Preliminary report on the development of the Leishman-Donovan body in the bed bug - Number 27
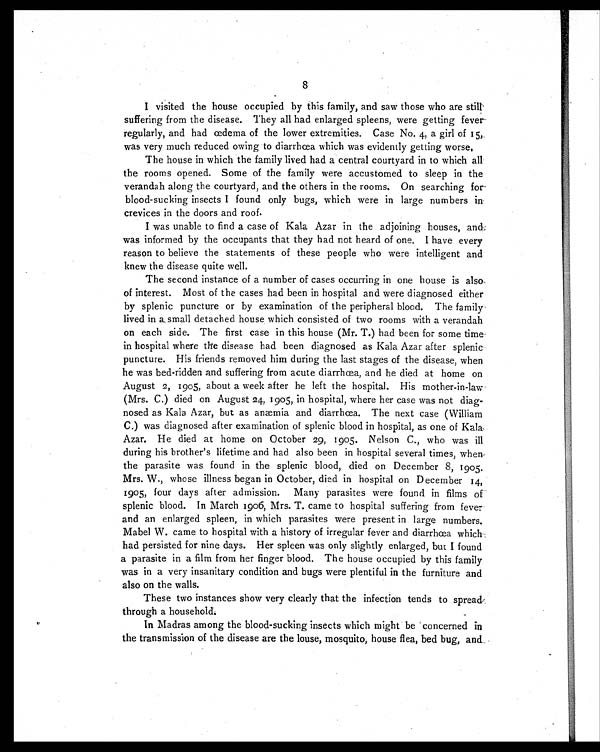
8
I visited the house occupied by this family, and saw those who are still
suffering from the disease. They all had enlarged spleens, were getting fever-
regularly, and had œdema of the lower extremities. Case No. 4, a girl of 15,
was very much reduced owing to diarrhœa which was evidently getting worse,
The house in which the family lived had a central courtyard in to which all
the rooms opened. Some of the family were accustomed to sleep in the
verandah along the courtyard, and the others in the rooms. On searching for-
blood-sucking insects I found only bugs, which were in large numbers in
crevices in the doors and roof.
I was unable to find a case of Kala Azar in the adjoining houses, and
was informed by the occupants that they had not heard of one. I have every
reason to believe the statements of these people who were intelligent and
knew the disease quite well.
The second instance of a number of cases occurring in one house is also,
of interest. Most of the cases had been in hospital and were diagnosed either
by splenic puncture or by examination of the peripheral blood. The family
lived in a, small detached house which consisted of two rooms with a verandah
on each side. The first case in this house (Mr. T.) had been for some time
in hospital where the disease had been diagnosed as Kala Azar after splenic
puncture. His friends removed him during the last stages of the disease, when
he was bed-ridden and suffering from acute diarrhœa, and he died at home on
August 2, 1905, about a week after he left the hospital. His mother-in-law-
(Mrs. C.) died on August 24, 1905, in hospital, where her case was not diag-
nosed as Kala Azar, but as anæmia and diarrhea. The next case (William
C.) was diagnosed after examination of splenic blood in hospital, as one of Kala..
Azar. He died at home on October 29, 1905, Nelson C., who was ill
during his brother's lifetime and had also been in hospital several times, when
the parasite was found in the splenic blood, died on December 8, 1905.
Mrs. W., whose illness began in October, died in hospital on December 14,
1905, four days after admission. Many parasites were found in films of
splenic blood. In March 1906, Mrs. T. came to hospital suffering from fever
and an enlarged spleen, in which parasites were present in large numbers.
Mabel W. came to hospital with a history of irregular fever and diarrhœa which
had persisted for nine days. Her spleen was only slightly enlarged, but I found
a parasite in a film from her finger blood. The house occupied by this family
was in a very insanitary condition and bugs were plentiful in the furniture and
also on the walls.
These two instances show very clearly that the infection tends to spread,
through a household.
In Madras among the blood-sucking insects which might be concerned in
the transmission of the disease are the louse, mosquito, house flea, bed bug, and